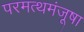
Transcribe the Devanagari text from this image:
परमत्थमंजूषा